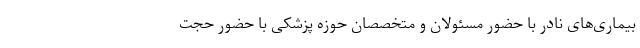
بیماری‌های نادر با حضور مسئولان و متخصصان حوزه پزشکی با حضور حجت‌